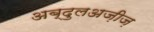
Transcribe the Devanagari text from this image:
अब्दुलअज़ीज़